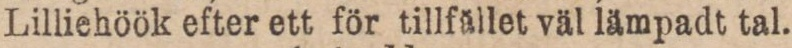
Lilliehöök efter ett för tillfället väl lämpadt tal.